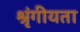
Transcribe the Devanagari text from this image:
श्रृंगीयता